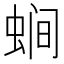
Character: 𱿧